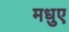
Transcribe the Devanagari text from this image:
मधुए